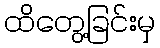
ထိတွေ့ခြင်းမှ